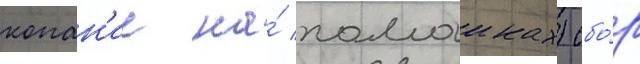
копан'ие на́ помоиках) сбо́р